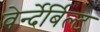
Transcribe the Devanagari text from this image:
वेर्न्देर्बिल्ट